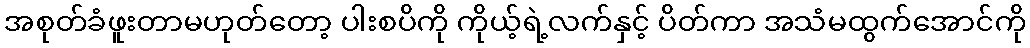
အစုတ်ခံဖူးတာမဟုတ်တော့ ပါးစပိကို ကိုယ့်ရဲ့လက်နှင့် ပိတ်ကာ အသံမထွက်အောင်ကို